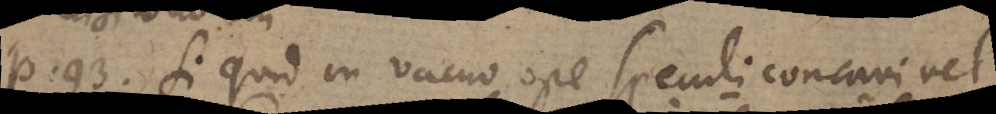
P. 93. Si quid in vacuo ope speculi concavi vel